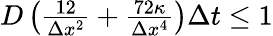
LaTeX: \begin{array}{r}{D\left(\frac{12}{\Delta x^{2}}+\frac{72\kappa}{\Delta x^{4}}\right)\Delta t\leq 1}\end{array}